Account of plague administration in the Bombay Presidency from September 1896 till May 1897
Year: 1896
Disease focus: Plague
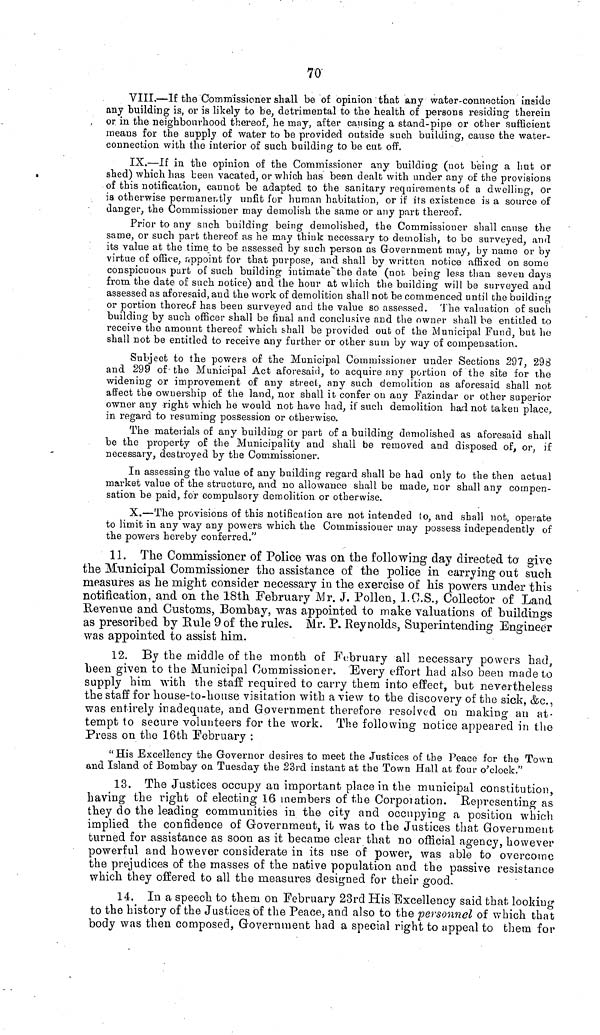
70
VIII.—If the Commissioner shall be of opinion that any water-connection inside
any building is, or is likely to be, detrimental to the health of persons residing therein
or in the neighbourhood thereof, he may, after causing a stand-pipe or other sufficient
means for the supply of water to be provided outside such building, cause the water-
connection with the interior of such building to be cut off.
IX.—If in the opinion of the Commissioner any building (not being a but or
shed) which has been vacated, or which has been dealt with under any of the provisions
of this notification, cannot be adapted to the sanitary requirements of a dwelling, or
ia otherwise permanently unfit for human habitation, or if its existence is a source of
danger, the Commissioner may demolish the same or any part thereof.
Prior to any such building being demolished, the Commissioner shall cause the
same, or such part thereof as he may think necessary to demolish, to be surveyed, and
its value at the time to be assessed by such person as Government may, by name or by
virtue of office, appoint for that purpose, and shall by written notice affixed on some
conspicuous part of such building intimate the date (not. being less than seven days
from the date of such notice) and the hour at which the building will be surveyed and
assessed as aforesaid, and the work of demolition shall not be commenced until the building
or portion thereof has been surveyed and the value so assessed. The valuation of such
building by such officer shall be final and conclusive and the owner shall be entitled to
receive the amount thereof which shall be provided out of the Municipal Fund, but he
shall not be entitled to receive any further or other sum by way of compensation.
Subject to the powers of the Municipal Commissioner under Sections 297, 298
and 299 of the Municipal Act aforesaid, to acquire any portion of the site for the
widening or improvement of any street, any such demolition as aforesaid shall not
affect the ownership of the land, nor shall it confer on any Fazindar or other superior
owner any right which he would not have had, if such demolition had not taken place,
in regard to resuming possession or otherwise.
The materials of any building or part of a building demolished as aforesaid shall
be the property of the Municipality and shall be removed and disposed of, or, if
necessary, destroyed by the Commissioner.
In assessing the value of any building regard shall be had only to the then actual
market value of the structure, and no allowance shall be made, nor shall any compen-
sation be paid, for compulsory demolition or otherwise.
X.—The provisions of this notification are not intended to, and shall not, operate
to limit in any way any powers which the Commissiouer may possess independently of
the powers hereby conferred."
11. The Commissioner of Police was on the following day directed to give
the Municipal Commissioner the assistance of the police in carrying out such
measures as he might consider necessary in the exercise of his powers under this
notification, and on the 18th February Mr. J. Pollen, I.C.S., Collector of Land
Revenue and Customs, Bombay, was appointed to make valuations of buildings
as prescribed by Rule 9 of the rules. Mr. P. Reynolds, Superintending Engineer
was appointed to assist him.
12. By the middle of the month of February all necessary powers had,
been given to the Municipal Commissioner. Every effort had also been made to
supply him with the staff required to carry them into effect, but nevertheless
the staff for house-to-house visitation with a view to the discovery of the sick, &c.,
was entirely inadequate, and Government therefore resolved on making an at-
tempt to secure volunteers for the work. The following notice appeared in the
Press on the 16th February :
"His Excellency the Governor desires to meet the Justices of the Peace for the Town
and Island of Bombay on Tuesday the 23rd instant at the Town Hall at four o'clock."
13. The Justices occupy an important place in the municipal constitution,
having the right of electing 16 members of the Corporation. Representing as
they do the leading communities in the city and occupying a position which
implied the confidence of Government, it was to the Justices that Government
turned for assistance as soon as it became clear that no official agency, however
powerful and however considerate in its use of power, was able to overcome
the prejudices of the masses of the native population and the passive resistance
which they offered to all the measures designed for their good.
14. In a speech to them on February 23rd His Excellency said that looking
to the history of the Justices, of the Peace, and also to the personnel of which that
body was then composed, Government had a special right to appeal to them for